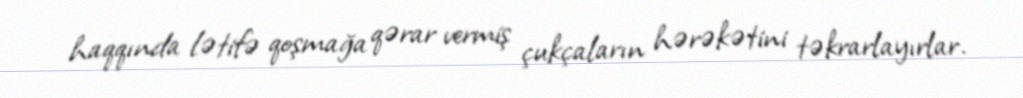
haqqında lətifə qoşmağa qərar vermiş çukçaların hərəkətini təkrarlayırlar.